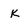
Character: K